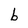
Character: b